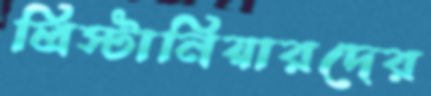
লিস্টানিয়ারদের